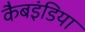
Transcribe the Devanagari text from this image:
कैबइंडिया